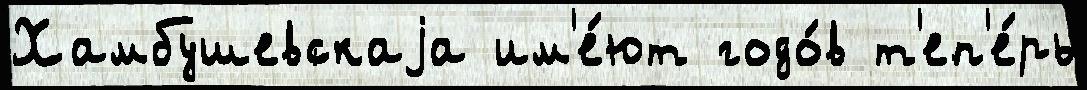
Хамбушевскаjа им'е́ют годо́в т'еп'е́рь